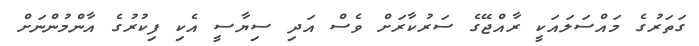
ގަތަރުގެ މައްސަލައަކީ ރާއްޖޭގެ ސަރުކާރަށް ވެސް އަދި ސިޔާސީ އެކި ފިކުރުގެ އާންމުންނަށް